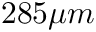
2 8 5 \mu m